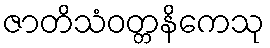
ဇာတိသံဝတ္တနိကေသု